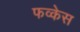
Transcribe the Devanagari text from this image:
फव्केस